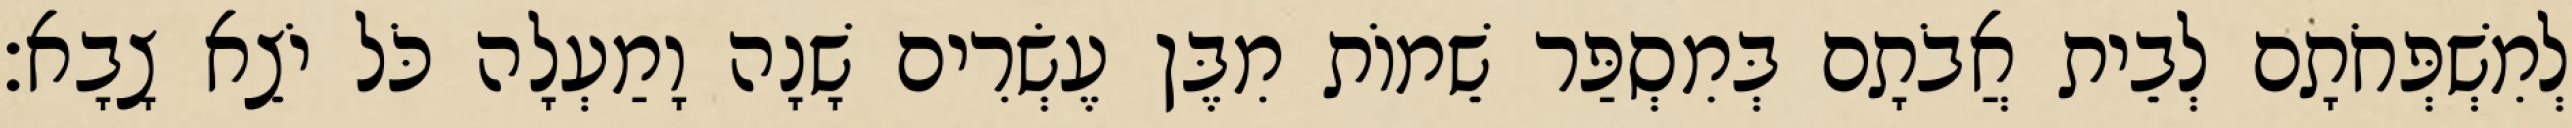
לְמִשְׁפְּחֹתָם לְבֵית אֲבֹתָם בְּמִסְפַּר שֵׁמוֹת מִבֶּן עֶשְׂרִים שָׁנָה וָמַעְלָה כֹּל יֹצֵא צָבָא׃